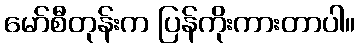
မော်စီတုန်းက ပြန်ကိုးကားတာပါ။